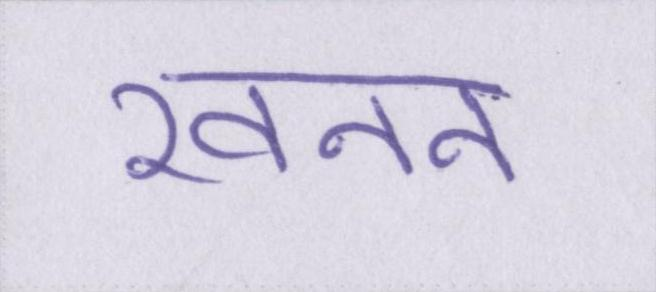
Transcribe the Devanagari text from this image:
खनन